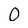
Character: 0